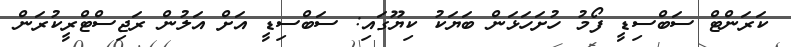
ކަރަންޓް ސަބްސިޑީ ފޯމު ހުށަހަޅަން ބަޔަކު ކިޔޫގައި: ސަބްސިޑީ އަށް އަލުން ރަޖިސްޓްރީކުރަން